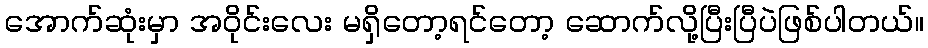
အောက်ဆုံးမှာ အဝိုင်းလေး မရှိတော့ရင်တော့ ဆောက်လို့ပြီးပြီပဲဖြစ်ပါတယ်။